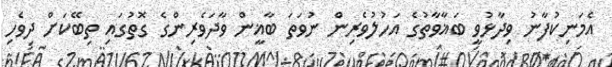
އެމަނިކުފާނު ވިދާޅުވީ ބަޣާވާތުގެ އަހުލުވެރިން ނުވަތަ ބާޣީން ވާދަވެރިންގެ ގޮތުގައި ތިބޭކަށް ދިވެހި